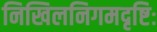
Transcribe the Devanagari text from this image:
निखिलनिगमदृष्टिः